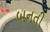
બનતી